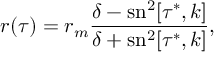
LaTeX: r ( \tau ) = r _ { m } \frac { \delta - \mathrm { s n } ^ { 2 } [ \tau ^ { * } , k ] } { \delta + \mathrm { s n } ^ { 2 } [ \tau ^ { * } , k ] } ,